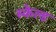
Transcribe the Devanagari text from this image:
स्केल्ड